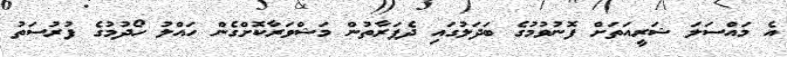
އެ މައްސަލަ ޝަރީއަތަށް ފޮނުވުމުގެ ބަދަލުގައި ދެފަރާތުން މަޝްވަރާކޮށްގެން ހައްލު ހޯދުމުގެ ފުރުސަތު